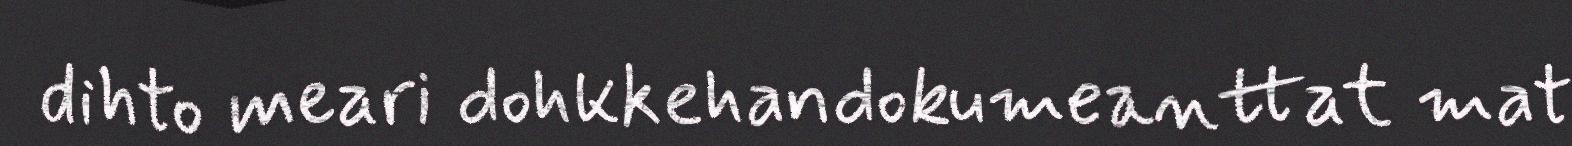
dihto meari dohkkehandokumeanttat mat